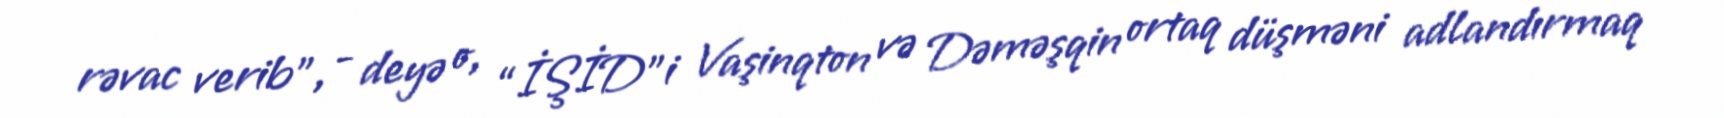
rəvac verib”, - deyə o, “İŞİD”i Vaşinqton və Dəməşqin ortaq düşməni adlandırmaq